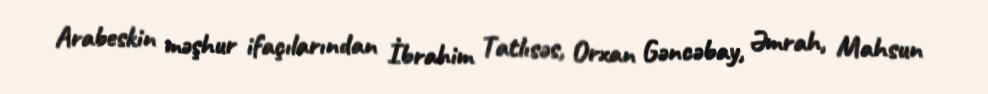
Arabeskin məşhur ifaçılarından İbrahim Tatlısəs, Orxan Gəncəbay, Əmrah, Mahsun